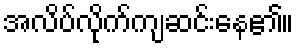
အလိပ်လိုက်ကျဆင်းနေ၏။